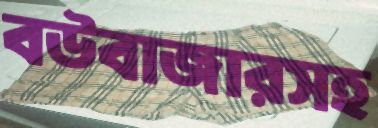
বউবাজারসহ